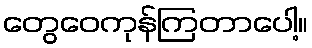
တွေဝေကုန်ကြတာပေါ့။